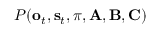
P ( \mathbf { o } _ { t } , \mathbf { s } _ { t } , \pi , \mathbf { A } , \mathbf { B } , \mathbf { C } )